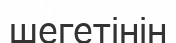
шегетінін